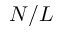
N / L